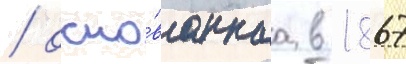
/ осно́ваннаа в 1867